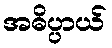
အဓိပ္ပာယ်